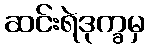
ဆင်းရဲဒုက္ခမှ